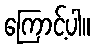
ကြောင့်ပါ။